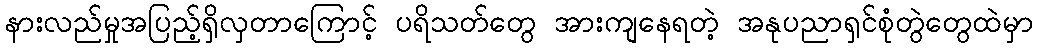
နားလည်မှုအပြည့်ရှိလှတာကြောင့် ပရိသတ်တွေ အားကျနေရတဲ့ အနုပညာရှင်စုံတွဲတွေထဲမှာ